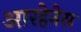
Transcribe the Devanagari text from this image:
आरहेनेस